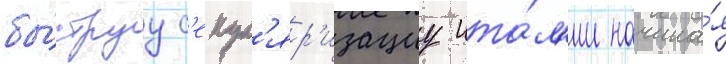
бы́струу с'екул'яр'изациу ита́л'ии начина́я